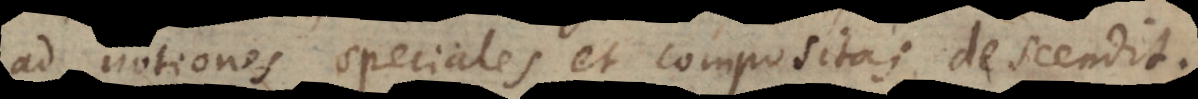
ad notiones speciales et compositas descendit.